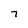
Character: 7